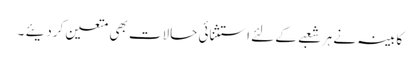
کابینہ نے ہر شعبے کے لئے استثنائی حالات بھی متعین کردیئے ۔